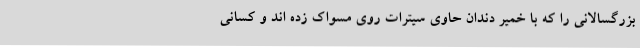
بزرگسالانی را که با خمیر دندان حاوی سیترات روی مسواک زده اند و کسانی